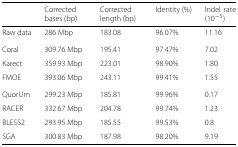
|  | Corrected bases (bp) | Corrected length (bp) | Identity (%) | Indel rate (10−5) |
 | --- | --- | --- | --- | --- |
 | Raw data | 286 Mbp | 183.08 | 96.07% | 11.16 |
 | Coral | 309.76 Mbp | 195.41 | 97.47% | 7.02 |
 | Karect | 359.93 Mbp | 223.01 | 98.90% | 1.80 |
 | FMOE | 393.06 Mbp | 243.11 | 99.41% | 1.55 |
 | QuorUm | 299.23 Mbp | 185.81 | 99.96% | 0.17 |
 | RACER | 332.67 Mbp | 204.78 | 99.74% | 1.23 |
 | BLESS2 | 293.95 Mbp | 185.55 | 99.53% | 0.8 |
 | SGA | 300.83 Mbp | 187.98 | 98.20% | 9.19 |